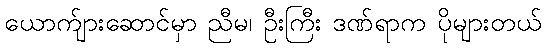
ယောက်ျားဆောင်မှာ ညီမ၊ ဦးကြီး ဒဏ်ရာက ပိုများတယ်